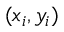
( x _ { i } , y _ { i } )